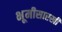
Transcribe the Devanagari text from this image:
भूमीसारखी